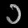
Digit: ၁